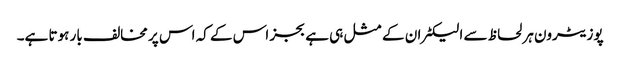
پوزیٹرون ہر لحاظ سے الیکٹران کے مثل ہی ہے بجز اس کے کہ اس پر مخالف بار ہوتا ہے۔